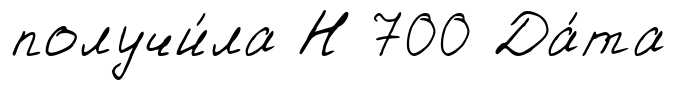
получи́ла Н 700 Да́та